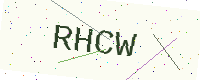
Text: RHCW